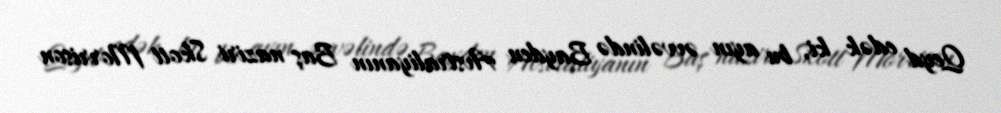
Qeyd edək ki, bu ayın əvvəlində Bayden Avstraliyanın Baş naziri Skott Morrison